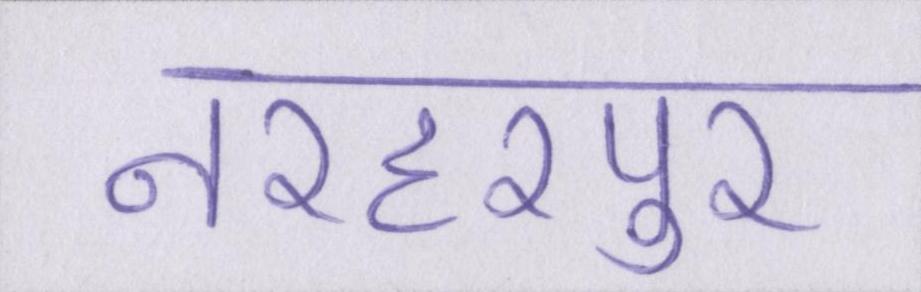
नरहरपुर